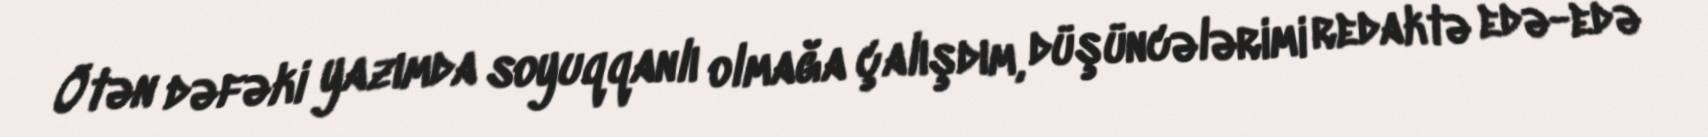
Ötən dəfəki yazımda soyuqqanlı olmağa çalışdım, düşüncələrimi redaktə edə-edə